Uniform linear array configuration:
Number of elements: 8
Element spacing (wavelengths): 1
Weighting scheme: uniform
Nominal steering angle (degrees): -30
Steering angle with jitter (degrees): -30.738
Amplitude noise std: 0.05
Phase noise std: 0.05

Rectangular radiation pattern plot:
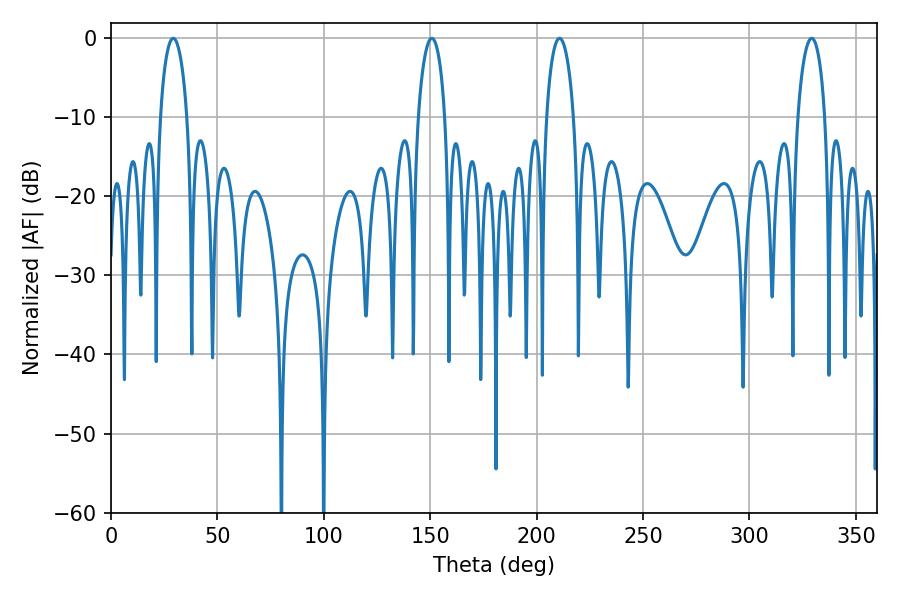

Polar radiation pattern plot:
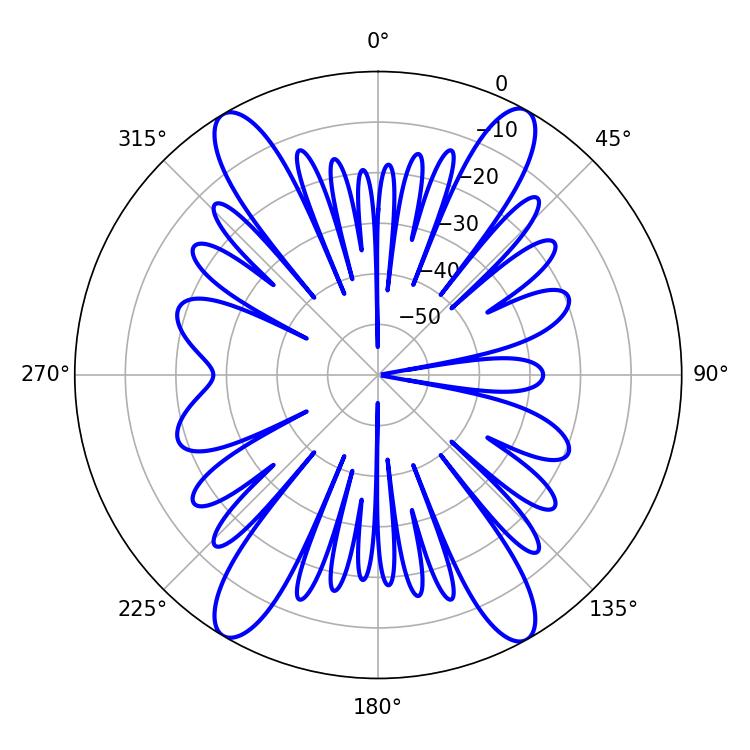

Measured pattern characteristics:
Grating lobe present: TRUE
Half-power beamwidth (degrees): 7.38
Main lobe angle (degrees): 329.22